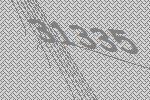
31335